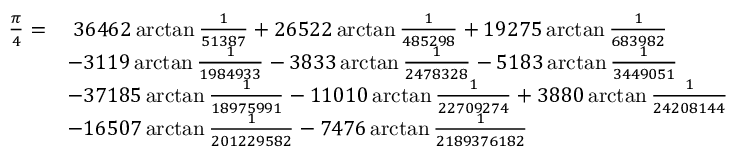
{ \begin{array} { r l } { { \frac { \pi } { 4 } } = } & { \; 3 6 4 6 2 \arctan { \frac { 1 } { 5 1 3 8 7 } } + 2 6 5 2 2 \arctan { \frac { 1 } { 4 8 5 2 9 8 } } + 1 9 2 7 5 \arctan { \frac { 1 } { 6 8 3 9 8 2 } } } \\ & { - 3 1 1 9 \arctan { \frac { 1 } { 1 9 8 4 9 3 3 } } - 3 8 3 3 \arctan { \frac { 1 } { 2 4 7 8 3 2 8 } } - 5 1 8 3 \arctan { \frac { 1 } { 3 4 4 9 0 5 1 } } } \\ & { - 3 7 1 8 5 \arctan { \frac { 1 } { 1 8 9 7 5 9 9 1 } } - 1 1 0 1 0 \arctan { \frac { 1 } { 2 2 7 0 9 2 7 4 } } + 3 8 8 0 \arctan { \frac { 1 } { 2 4 2 0 8 1 4 4 } } } \\ & { - 1 6 5 0 7 \arctan { \frac { 1 } { 2 0 1 2 2 9 5 8 2 } } - 7 4 7 6 \arctan { \frac { 1 } { 2 1 8 9 3 7 6 1 8 2 } } } \end{array} }